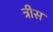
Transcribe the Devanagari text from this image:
त्रीस